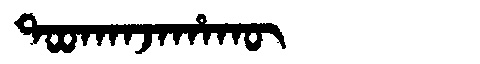
Manchu: ᡨᠣᠣᡴᠠᠨᠵᠠᡥᠠᡴᡡ
Romanization: TOOKANJAHAKŪ